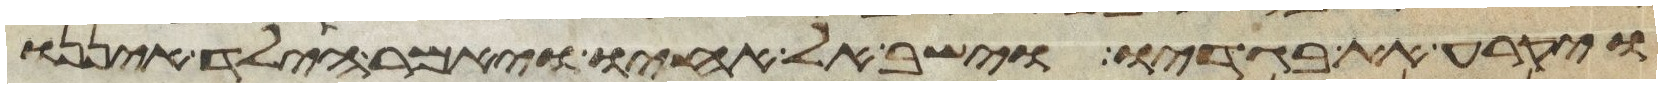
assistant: ויקרע את בגדיו וישב אל אחיו ויאמר הילד איננו